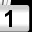
Digit: 1